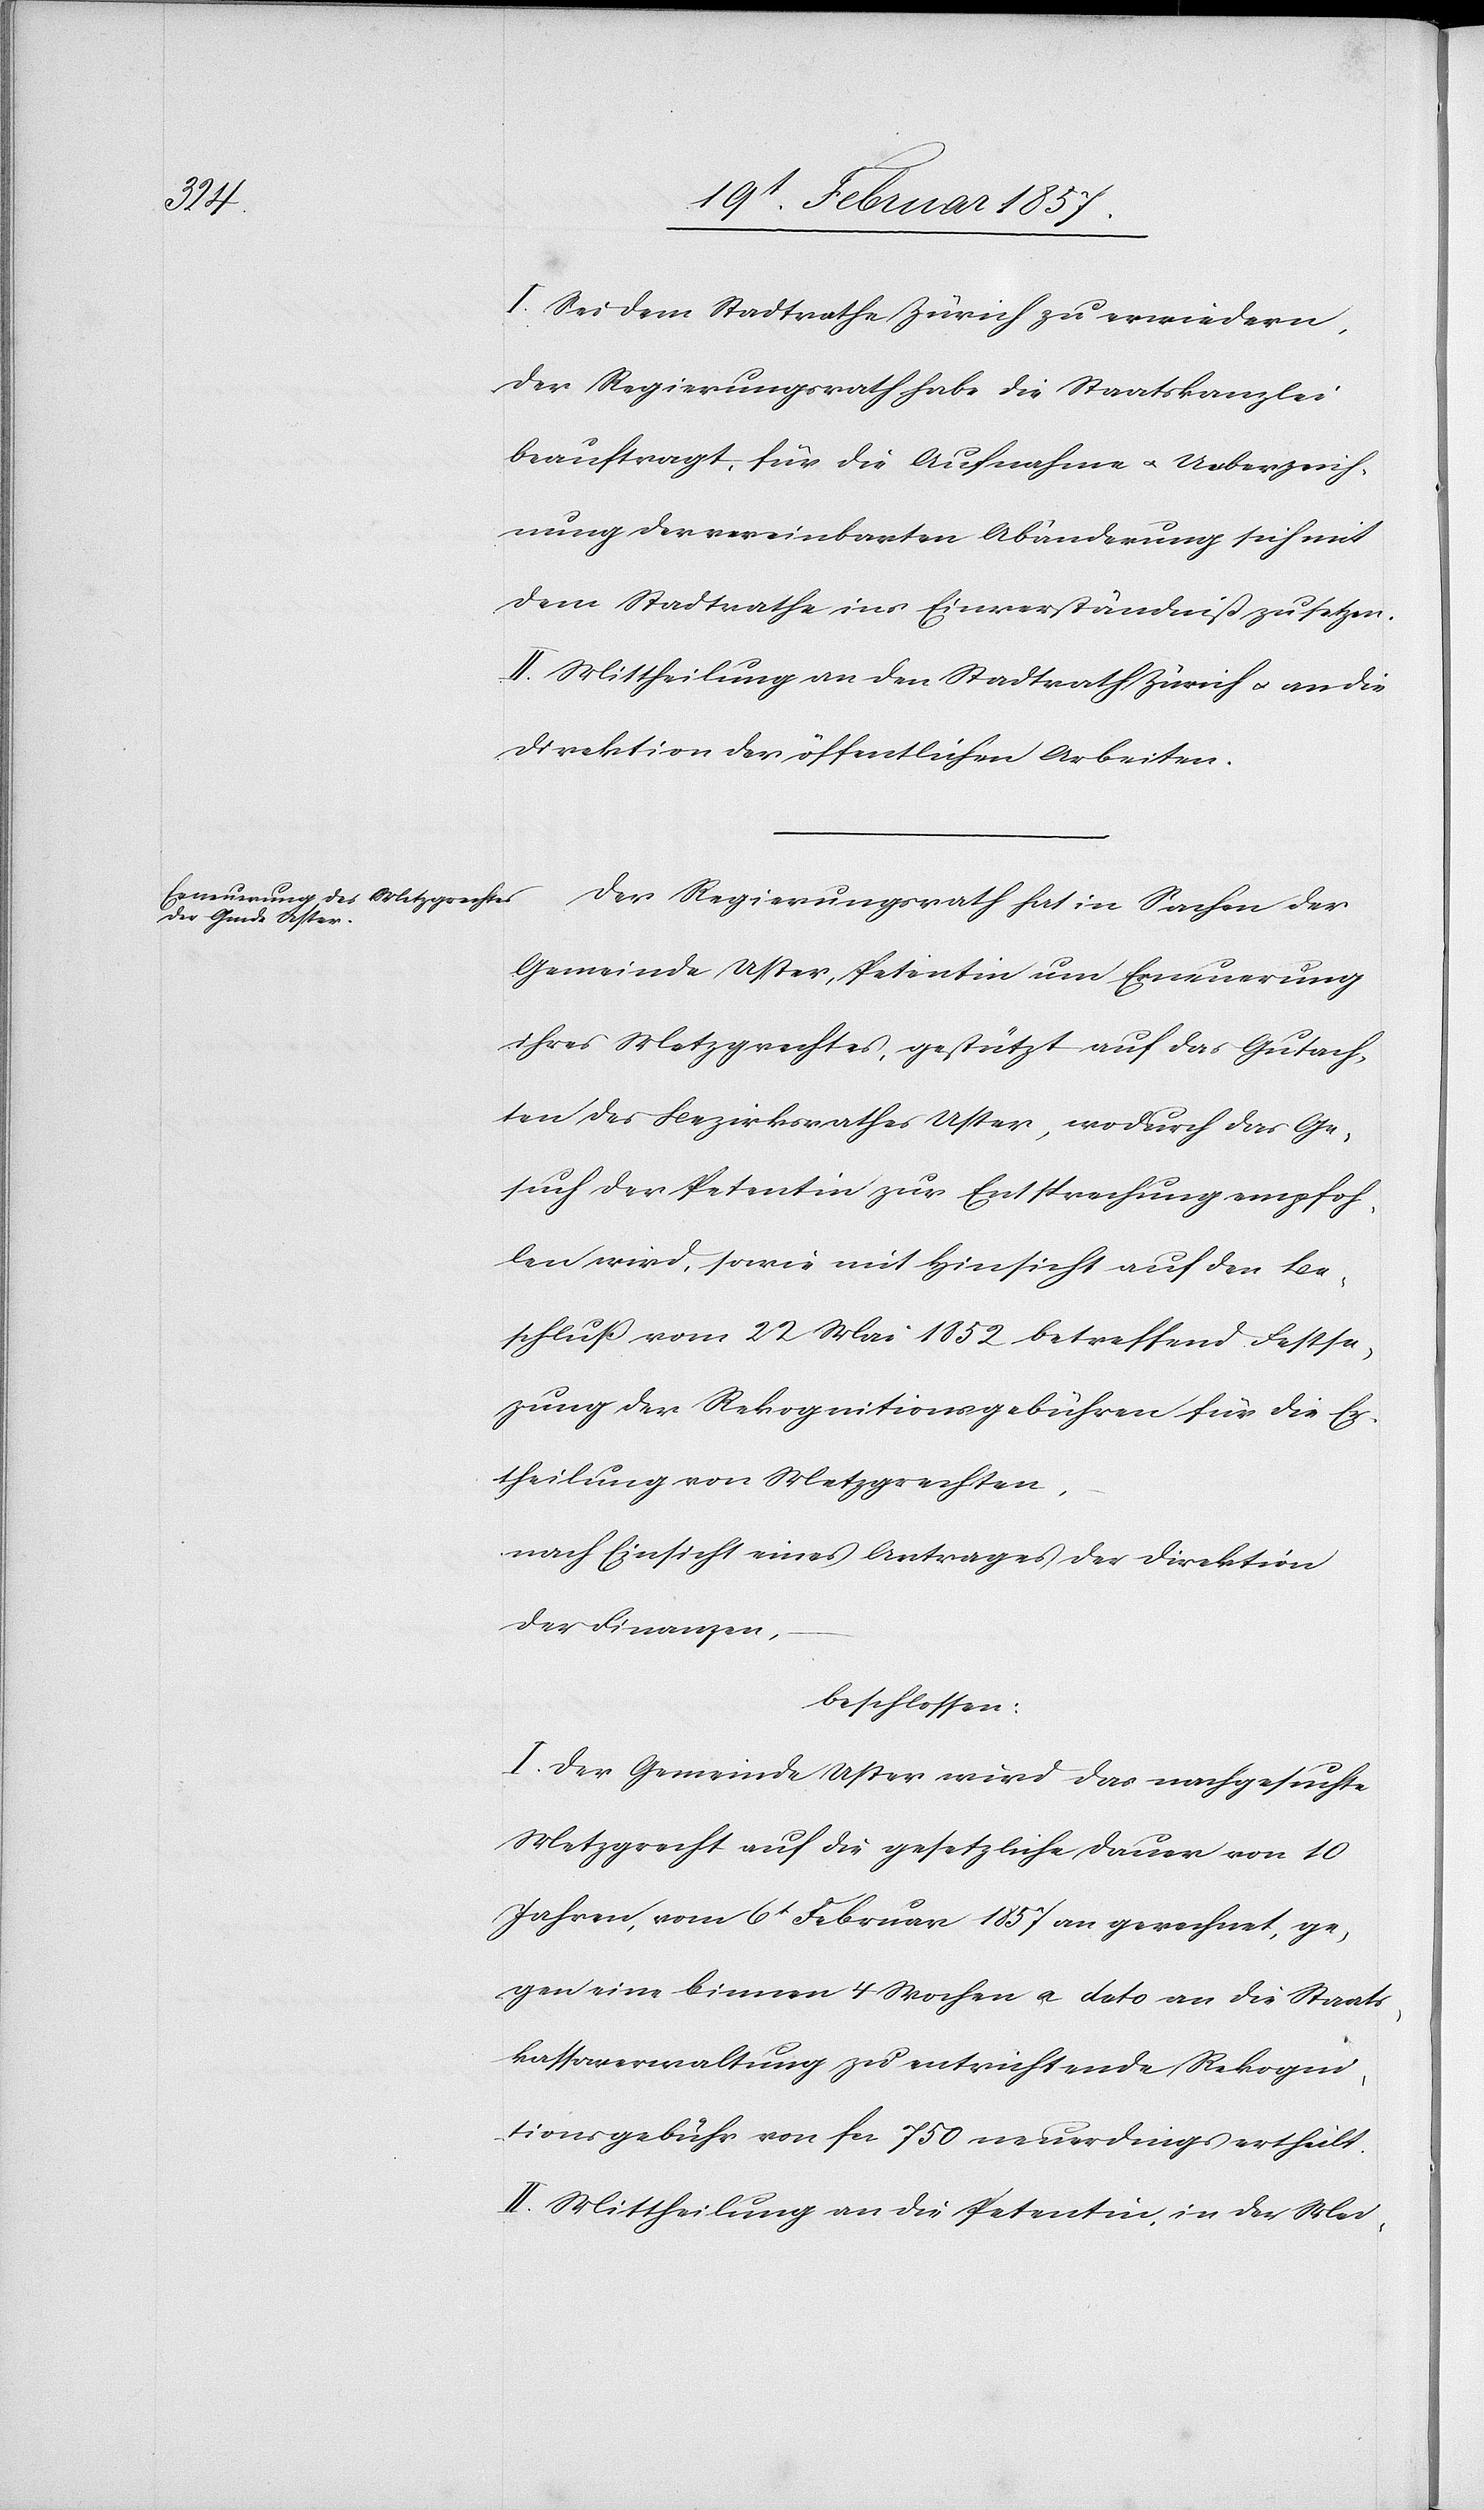
I. Sei dem Stadtrathe Zürich zu erwiedern,
der Regierungsrath habe die Staatskanzlei
beauftragt, für die Aufnahme u. Ueberzeich¬
nung der vereinbarten Abänderung sich mit
dem Stadtrathe ins Einverständniß zu setzen.
II. Mittheilung an den Stadtrath Zürich u. an die
Direktion der öffentlichen Arbeiten.
Der Regierungsrath hat in Sachen der
Gemeinde Uster, Petentin um Erneuerung
ihres Metzgrechtes, gestützt auf das Gutach¬
ten des Bezirksrathes Uster, wodurch das Ge¬
such der Petentin zur Entsprechung empfoh¬
len wird, sowie mit Hinsicht auf den Be¬
schluß vom 22 Mai 1852 betreffend Festse¬
zung der Rekognitionsgebühren für die Er¬
theilung von Metzgrechten,
nach Einsicht eines Antrages der Direktion
der Finanzen,
beschlossen:
I. Der Gemeinde Uster wird das nachgesuchte
Metzgrecht auf die gesetzliche Dauer von 10
Jahren, vom 6t Februar 1857 an gerechnet, ge¬
gen eine binnen 4 Wochen a dato an die Staats¬
kassaverwaltung zu entrichtende Rekogni¬
tionsgebühr von fr. 750 neuerdings ertheilt.
II. Mittheilung an die Petentin in der Mei-